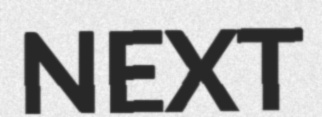
NEXT